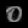
Digit: ၀